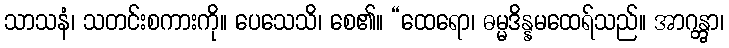
သာသနံ၊ သတင်းစကားကို။ ပေသေသိ၊ စေ၏။ “ထေရော၊ ဓမ္မဒိန္နမထေရ်သည်။ အာဂန္တွာ၊